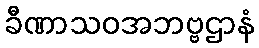
ခီဏာသဝအဘဗ္ဗဌာနံ